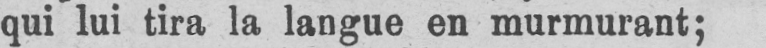
qui lui tira la langue en murmurant;